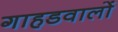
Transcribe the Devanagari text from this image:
गाहडवालों